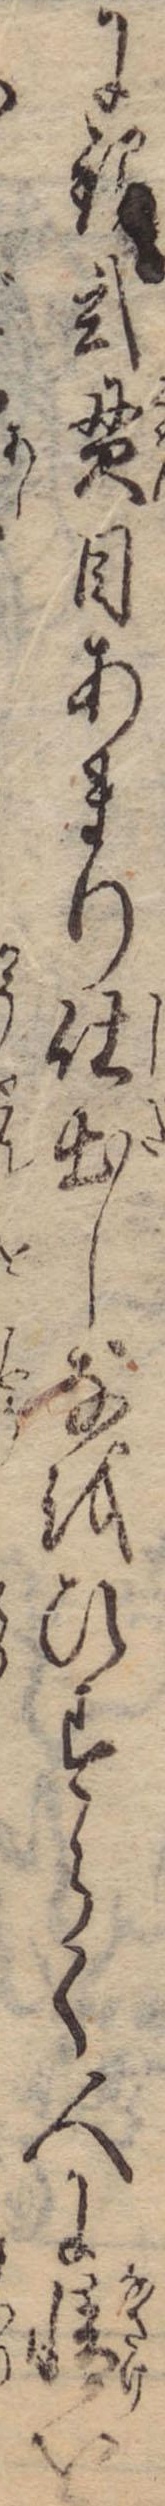
に銀弐貫目あまり仕出しなをひすらく人に情を